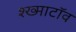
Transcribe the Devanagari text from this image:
श्ख्माटॉव